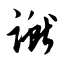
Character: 谳